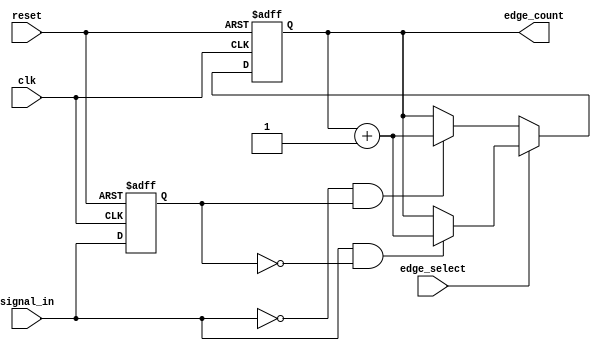
module edge_counter (
    input wire clk,             // Clock input
    input wire reset,           // Asynchronous reset
    input wire signal_in,       // Input signal to monitor
    input wire edge_select,     // Control signal to select edge type (1 for rising, 0 for falling)
    output reg [31:0] edge_count // Count of detected edges
);

    reg signal_in_prev; // Register to store the previous state of signal_in

    always @(posedge clk or posedge reset) begin
        if (reset) begin
            // Reset the counter and previous state
            edge_count <= 32'b0;
            signal_in_prev <= 1'b0;
        end else begin
            // Edge detection logic
            if (edge_select) begin
                // Count rising edges
                if (signal_in == 1'b1 && signal_in_prev == 1'b0) begin
                    edge_count <= edge_count + 1;
                end
            end else begin
                // Count falling edges
                if (signal_in == 1'b0 && signal_in_prev == 1'b1) begin
                    edge_count <= edge_count + 1;
                end
            end
            
            // Update previous state
            signal_in_prev <= signal_in;
        end
    end

endmodule